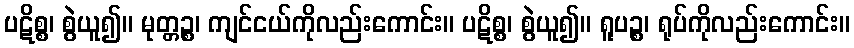
ပဋိစ္စ၊ စွဲယူ၍။ မုတ္တဉ္စ၊ ကျင်ငယ်ကိုလည်းကောင်း။ ပဋိစ္စ၊ စွဲယူ၍။ ရူပဉ္စ၊ ရုပ်ကိုလည်းကောင်း။